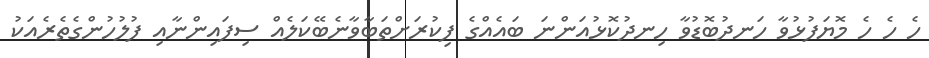
ހެ ހެ ހެ މޮޔަފުޅުވާ ހަނދުބޮޑުވާ ހިނދުކޮޅުއަންނަ ބައެއްގެ ފިކުރަށްތަބާވާނެބޭކަލެއް ސިފައިންނާއި ފުލުހުންގެތެރެއަކު